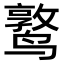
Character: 𬸫